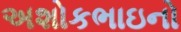
અશોકભાઇનો